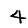
Digit: 4